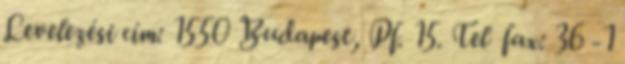
Levelezési cím: 1550 Budapest, Pf. 15. Tel fax: 36 -1